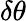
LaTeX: \delta\theta